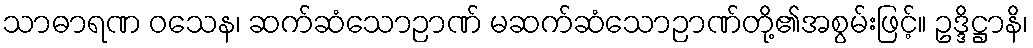
သာဓာရဏ ဝသေန၊ ဆက်ဆံသောဉာဏ် မဆက်ဆံသောဉာဏ်တို့၏အစွမ်းဖြင့်။ ဥဒ္ဒိဋ္ဌာနိ၊